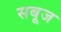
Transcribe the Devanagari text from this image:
सबूज